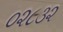
૦૨૮૩૨